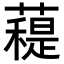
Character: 𧀖